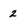
Character: 2